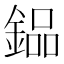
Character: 𨩗